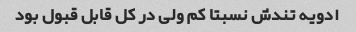
ادویه تندش نسبتا کم ولی در کل قابل قبول بود